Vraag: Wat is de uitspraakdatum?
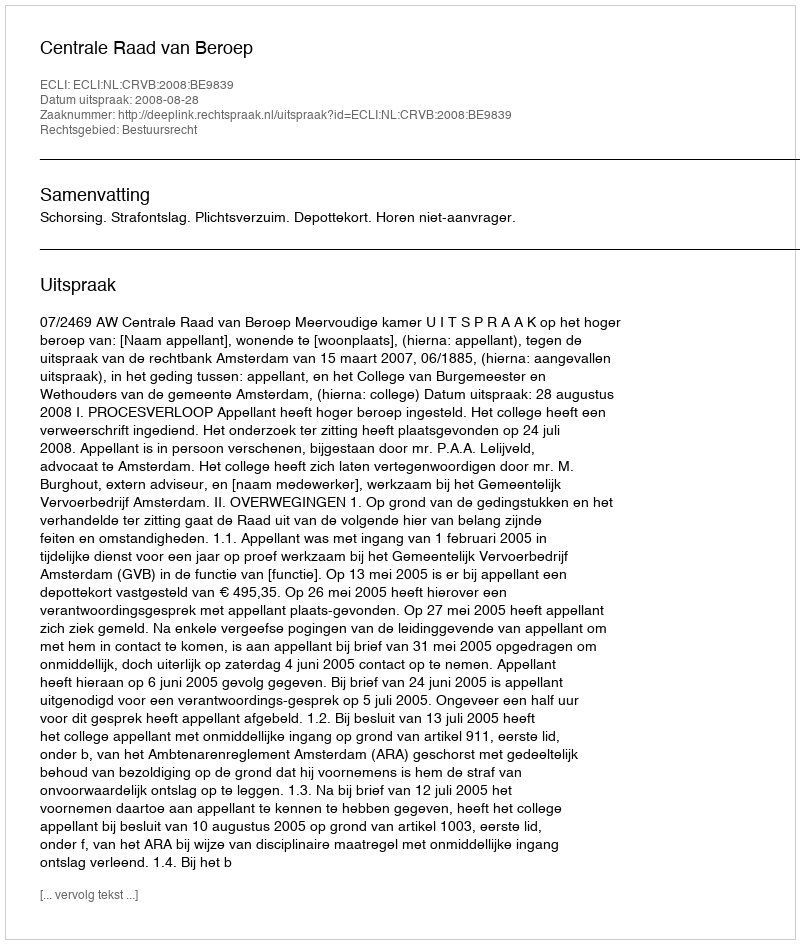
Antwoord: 2008-08-28